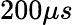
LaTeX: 200\mu s